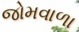
જોમવાળા